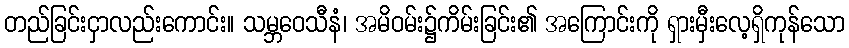
တည်ခြင်းငှာလည်းကောင်း။ သမ္ဘဝေသီနံ၊ အမိဝမ်း၌ကိမ်းခြင်း၏ အကြောင်းကို ရှားမှီးလေ့ရှိကုန်သော